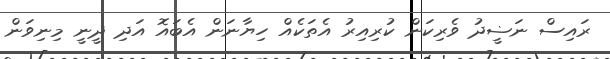
ރައިސް ނަޟީދު ވެރިކަން ކުރިއިރު އެތަކެއް ހިޔާނަން އެބައޮ އަދި ދީނީ މިނިވަން